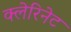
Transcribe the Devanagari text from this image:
क्लेरिनेट